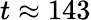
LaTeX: t\approx 143